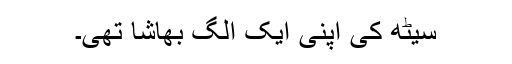
سیٹھ کی اپنی ایک الگ بھاشا تھی۔